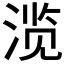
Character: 𰜐